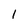
Character: 1